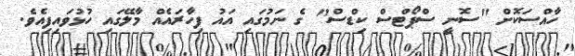
ހާއްސަކޮށް "ސޮނީ ސްޕޯޓްސް ކިޑްސް" ގެ ނަމުގައި އައު ފިހާރައެއް މާލޭގައި ހުޅުވައިފިއެވެ.